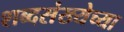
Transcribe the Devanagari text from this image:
शब्दसंख्येच्या